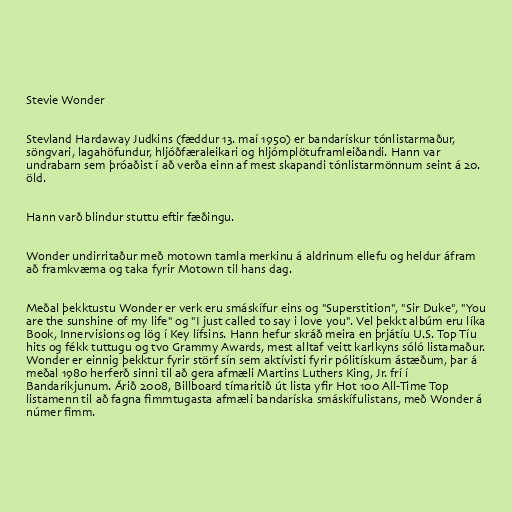
Stevie Wonder

Stevland Hardaway Judkins (fæddur 13. maí 1950) er bandarískur tónlistarmaður,
söngvari, lagahöfundur, hljóðfæraleikari og hljómplötuframleiðandi. Hann var
undrabarn sem þróaðist í að verða einn af mest skapandi tónlistarmönnum seint á 20.
öld.

Hann varð blindur stuttu eftir fæðingu.

Wonder undirritaður með motown tamla merkinu á aldrinum ellefu og heldur áfram
að framkvæma og taka fyrir Motown til hans dag.

Meðal þekktustu Wonder er verk eru smáskífur eins og "Superstition", "Sir Duke", "You
are the sunshine of my life" og "I just called to say i love you". Vel þekkt albúm eru líka
Book, Innervisions og lög í Key lífsins. Hann hefur skráð meira en þrjátíu U.S. Top Tíu
hits og fékk tuttugu og tvo Grammy Awards, mest alltaf veitt karlkyns sóló listamaður.
Wonder er einnig þekktur fyrir störf sín sem aktívisti fyrir pólitískum ástæðum, þar á
meðal 1980 herferð sinni til að gera afmæli Martins Luthers King, Jr. frí í
Bandaríkjunum. Árið 2008, Billboard tímaritið út lista yfir Hot 100 All-Time Top
listamenn til að fagna fimmtugasta afmæli bandaríska smáskífulistans, með Wonder á
númer fimm.